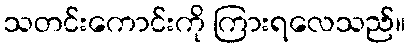
သတင်းကောင်းကို ကြားရလေသည်။